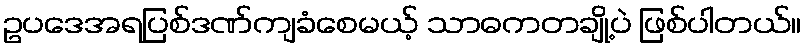
ဥပဒေအရပြစ်ဒဏ်ကျခံစေမယ့် သာဓကတချို့ပဲ ဖြစ်ပါတယ်။